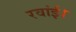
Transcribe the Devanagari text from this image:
रवांई।